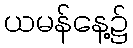
ယမန်နေ့၌